Medical and sanitary report of the native army of Madras for the year
Year: 1875
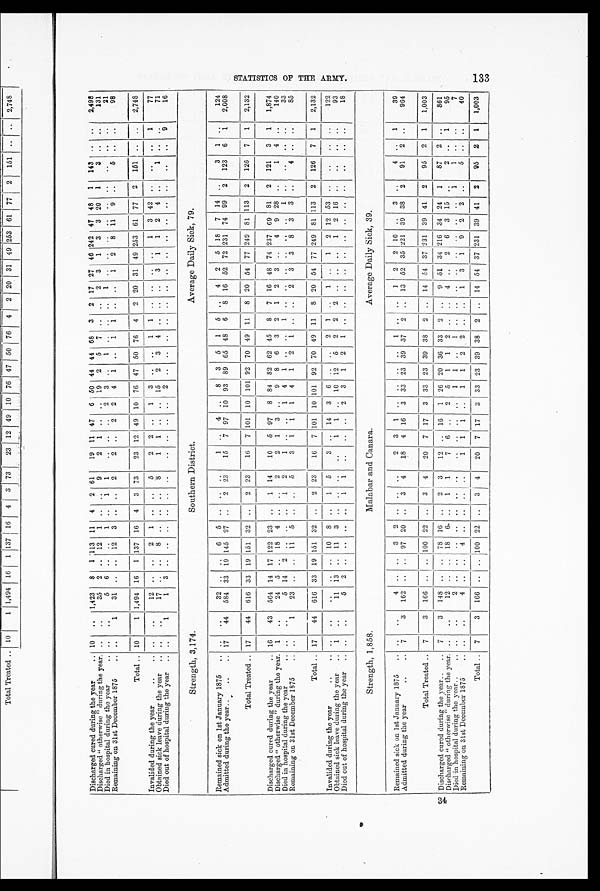
34
Discharged cured during the year
.. 10 .. 1,423 8 1 113 11 4 2 61
19 11 47 6 50 44 44 68 3 2 17 27 46 242 47 48 1 143 .. ..
2,498
Discharged " otherwise " during the year. .. ..
35 2 .. 12 1 .. .. 9
2 1 .. .. 19 2 5 7 .. .. 2 3 1 3 3 20 1 3
.. ..
131
Died in hospital during the year
.. .. ..
5 6 .. .. 1 .. 1 1
.. .. .. 2 3 ..
1 .. .. ..
1 .. .. .. .. .. .. ..
.. ..
21
Remaining on 31st December 1875
.. ..
1
31 .. .. 12 3 .. .. 2
2 .. 2 2 4 1 .. 1 1 .. .. 1 2 8 11 9 ..
5 .. ..
98
Total .. 10
1 1,494 16 1 137 16 4 3 73
23 12 49 10 76 47 50 76 4 2 20 31 49 253 61 77 2 151 .. .. 2,748
Invalided during the year
..
.. .. ..
12 .. .. 2 1 .. .. 5
2 2 .. 1 3 .. .. 1 1 .. .. .. .. 1 3 42 .. .. .. 1
77
Obtained sick leave during the year .. .. ..
17 .. .. 8 .. .. .. 8
1 1 .. .. 15 2 3 4 .. .. .. 3 1 1 2 4 ..
1 .. ..
71
Died out of hospital during the year .. ..
1
1 3 .. .. .. .. .. ..
.. .. .. .. 2 .. .. .. .. .. .. .. .. .. .. .. .. ..
.. 9
16
Strength, 3,174.
Southern District.
Average Daily Sick, 79.
Remained sick on 1st January 1875 .. .. ..
32 .. .. 6 5 .. .. ..
1 .. 4 .. 8 3 5 1 5 .. 4 2 5 18 7 14 ..
3 1 ..
124
Admitted during the year ..
..
.. 17
44 584 33 19 145 27 .. 2 23
15 7 97 10 93 89 65 48 6 8 16 52 72 231 74 99 2 123 6 1 2,008
Total Treated .. 17
44 616 33 19 151 32 .. 2 23
16 7 101 10 101 92 70 49 11 8 20 54 77 249 81 113 2 126 7 1 2,132
Discharged cured during the year
.. 16 43 564 14 17 122 23 .. 1 14
10 5 97 8 84 82 62 45 8 7 16 48 74 237 69 81 2 121 3 1 1,874
Discharged " otherwise " during the year. 1 ..
24 5 .. 18 4 .. .. 2
2 1 3 .. 9 8 6 3 2 1 2 3 .. 4 9 28 ..
1 4 ..
140
Died in hospital during the year
.. .. ..
5 14 2 .. .. .. 1 2
1 .. ..
1 4 1 .. ..
1 .. .. .. .. .. ..
1 .. ..
.. ..
33
Remaining on 31st December 1875
.. ..
1
23 .. .. 11 5 .. .. 5
3 1 1 1 4 1 2 1 .. .. 2 3 3 8 3 3 .. 4
.. ..
85
Total .. 17 44 616 33 19 151 32 .. 2 23
16 7 101 10 101 92 70 49 11 8 20 54 77 249 81 113 2 126 7 1 2,132
Invalided during the year
..
.. .. ..
.. .. .. 10 8 .. 1 5
3 .. 14 3 6 .. .. 2 1 .. 1
..
1 2 12 53 .. .. .. ..
122
Obtained sick leave during the year .. 1 ..
11 13 .. 11 3 .. .. .. ..
1 1 .. 10 12 5 2 2 2 .. .. .. 1 2 16 .. .. .. ..
93
Died out of hospital during the year .. .. ..
5 2 .. .. .. .. 1 1 .. .. .. 2 3 1 2 1 .. .. .. .. .. .. .. .. .. ..
.. ..
18
Strength, 1,858.
Malabar and Canara.
Average Daily Sick, 39.
Remained sick on 1st January 1875 .. ..
..
4 .. ..
3 2 .. .. ..
2
3
1 .. .. .. .. 1 .. .. 1 2 2 10 .. 3 ..
4 .. 1
39
Admitted during the year
..
.. 7
3 162 .. .. 97 20 .. 3 4 18 4 16 3 33 23 39 37 2 .. 13 52 35 221 39 38 2 91 2 ..
964
Total Treated .. 7
3 166 .. .. 100 22 .. 3 4
20 7 17 3 33 23 39 38 2
.. 14 54 37 231 39 41 2 95 2 1 1,003
Discharged cured during the year .. .. 7
3 148 .. .. 78 16 .. 2 3
12 .. 16 1 26 20 36 33 2 .. 9 51 34 216 34 24 1
87 2 ..
861
Discharged " otherwise " during the year. .. ..
12 .. .. 18 6 .. 1 1
7 6 .. 2 5 1 1 2 .. .. 4 .. 2 6 3 15 ..
2 .. 1
95
Died in hospital during the year ..
.. .. .. 2
.. .. .. .. .. .. .. ..
.. .. ..
1 1 ..
1 .. .. .. .. .. .. .. .. 1
1 .. ..
7
Remaining on 31st December 1875
.. .. ..
4 .. ..
4 .. .. .. ..
1 1 1 .. 1 1 2 2 .. .. 1 3 1 9 2 2 .. 5
.. ..
40
Total .. 7
3 166 .. .. 100 22 ..
3 4
20
7
17 3 33 23 39 38 2 .. 14 54
37
231 39 41 2 95 2 1 1,003
S T A T I S T I C S O F T H E A R M Y . 1 3 3